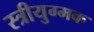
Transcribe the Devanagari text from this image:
स्त्रीयुग्मक